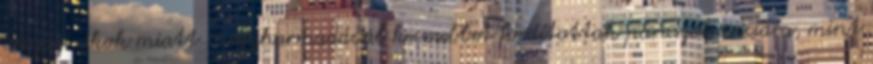
anyagi okok miatt – egyharmadával kevesebbet fordítottak paraszolvenciára, mint